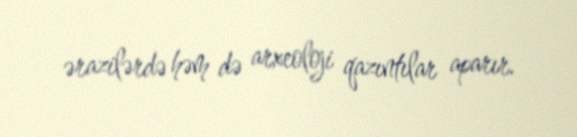
ərazilərdə həm də arxeoloji qazıntılar aparır.